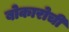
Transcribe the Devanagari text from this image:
बोकारोची